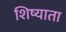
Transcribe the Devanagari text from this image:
शिष्याता